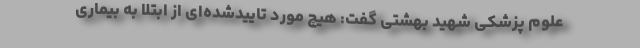
علوم پزشکی شهید بهشتی گفت: هیچ مورد تاییدشده‌ای از ابتلا به بیماری